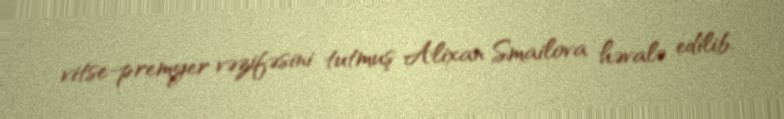
vitse-premyer vəzifəsini tutmuş Alixan Smailova həvalə edilib.